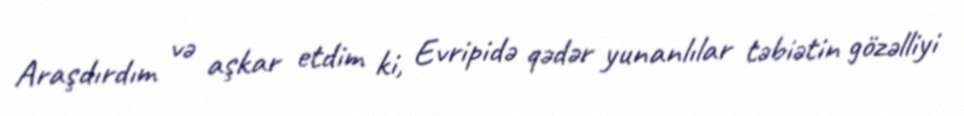
Araşdırdım və aşkar etdim ki, Evripidə qədər yunanlılar təbiətin gözəlliyi